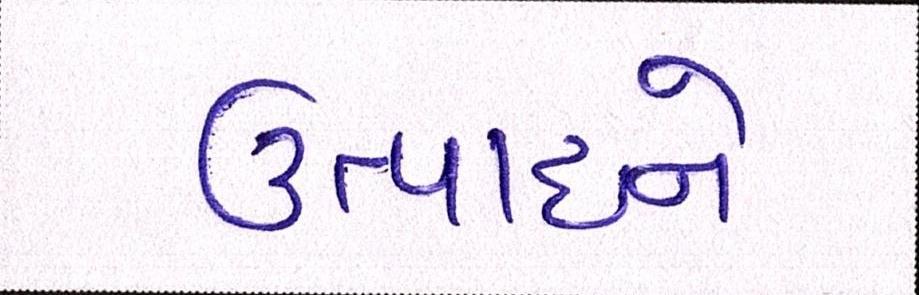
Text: ઉત્પાદને